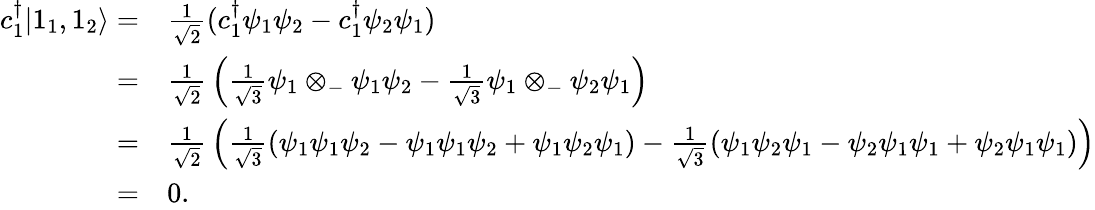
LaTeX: {\begin{array}{rl}{c_{1}^{\dagger}|1_{1},1_{2}\rangle=}&{{\frac{1}{\sqrt{2}}}(c_{1}^{\dagger}\psi_{1}\psi_{2}-c_{1}^{\dagger}\psi_{2}\psi_{1})}\\ {=}&{{\frac{1}{\sqrt{2}}}\left({\frac{1}{\sqrt{3}}}\psi_{1}\otimes_{-}\psi_{1}\psi_{2}-{\frac{1}{\sqrt{3}}}\psi_{1}\otimes_{-}\psi_{2}\psi_{1}\right)}\\ {=}&{{\frac{1}{\sqrt{2}}}\left({\frac{1}{\sqrt{3}}}(\psi_{1}\psi_{1}\psi_{2}-\psi_{1}\psi_{1}\psi_{2}+\psi_{1}\psi_{2}\psi_{1})-{\frac{1}{\sqrt{3}}}(\psi_{1}\psi_{2}\psi_{1}-\psi_{2}\psi_{1}\psi_{1}+\psi_{2}\psi_{1}\psi_{1})\right)}\\ {=}&{0.}\end{array}}